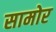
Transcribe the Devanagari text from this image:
सामोर